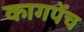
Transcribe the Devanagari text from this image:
कागपेंच